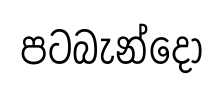
පටබැන්දෝ